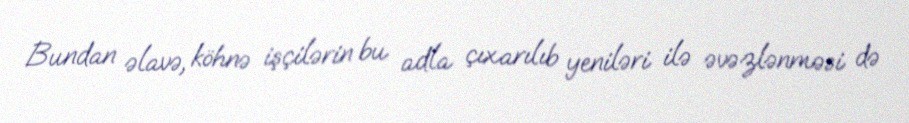
Bundan əlavə, köhnə işçilərin bu adla çıxarılıb yeniləri ilə əvəzlənməsi də